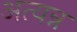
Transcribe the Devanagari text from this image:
अत्यन्न